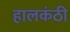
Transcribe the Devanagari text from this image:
हालकंठी